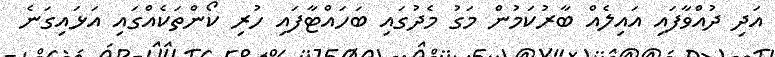
އަދި ދުއްވާފައި އައިލެއް ބާރުކަމުން މަގު މެދުގައި ބަހައްޓާފައި ހުރި ކޯންތަކެއްގައި އަޅައިގަނެ